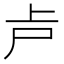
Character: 𠧕